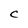
Character: C